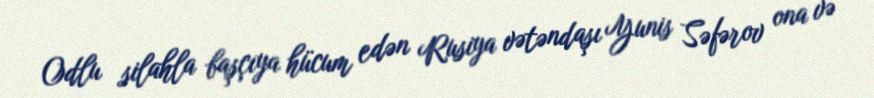
Odlu silahla başçıya hücum edən Rusiya vətəndaşı Yunis Səfərov ona və